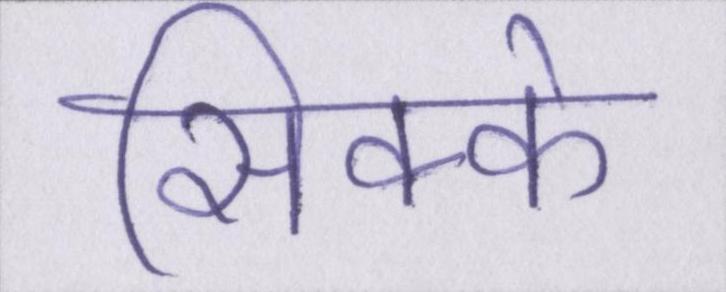
सिक्के